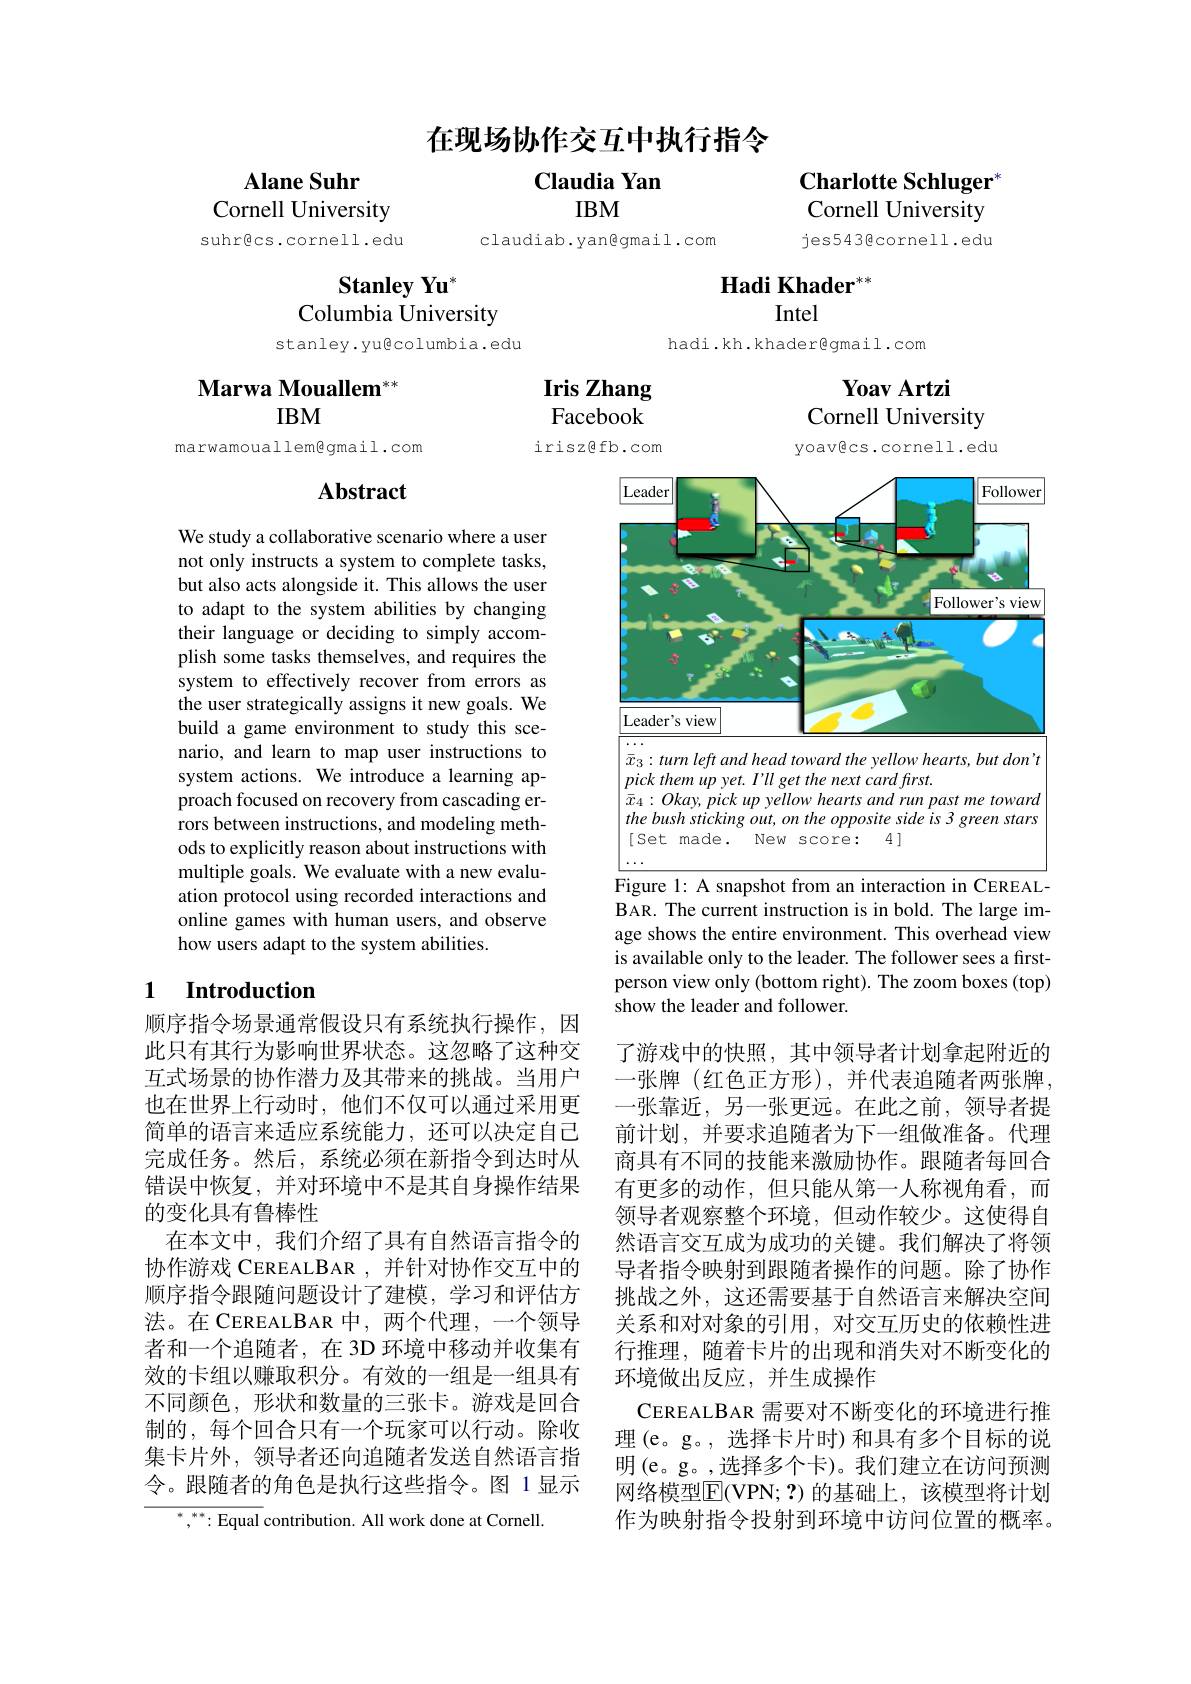
在现场协作交互中执行指令

Claudia Yan

Charlotte Schluger$^{*}$ Cornell University jes543gcornell.edu

Alane Suhr
Cornell University

IBM

suhr@cs.cornell.edu

claudiab.yan@gmail.com

$\textbf{Hadi Khader}^{**}$

$\textbf{Stanley Yu}^{*}$

Intel

Columbia University

hadi.kh.khader@gmail.com

stanley.yugcolumbia.edu

Yoav Artzi

## Marwa Mouallem$^{**}$ IBM

Iris Zhang Facebook

Cornell University

irisz@fb.com

marwamouallem@gmail.com

## $\mathbf{Abstract}$

yoav@cs.cornell.edu
<FigureHere>
Figure 1: A snapshot from an interaction in CEREAL-

We study a collaborative scenario where a user not only instructs a system to complete tasks, but also acts alongside it. This allows the user to adapt to the system abilities by changing their language or deciding to simply accomplish some tasks themselves, and requires the system to effectively recover from errors as the user strategically assigns it new goals. We build a game environment to study this scenario, and learn to map user instructions to system actions. We introduce a learning approach focused on recovery from cascading errors between instructions, and modeling methods to explicitly reason about instructions with multiple goals. We evaluate with a new evaluation protocol using recorded interactions and online games with human users, and observe how users adapt to the system abilities.

BAR. The current instruction is in bold. The large image shows the entire environment. This overhead view is available only to the leader. The follower sees a firstperson view only (bottom right). The zoom boxes (top) show the leader and follower.

## 1 Introduction

顺序指令场景通常假设只有系统执行操作，因此只有其行为影响世界状态。这忽略了这种交互式场景的协作潜力及其带来的挑战。当用户也在世界上行动时，他们不仅可以通过采用更简单的语言来适应系统能力，还可以决定自己完成任务。然后，系统必须在新指令到达时从错误中恢复，并对环境中不是其自身操作结果的变化具有鲁棒性
在本文中，我们介绍了具有自然语言指令的协作游戏 CEREALBAR ,并针对协作交互中的顺序指令跟随问题设计了建模，学习和评估方法。在 CEREALBAR 中，两个代理，一个领导者和一个追随者，在 3D 环境中移动并收集有效的卡组以赚取积分。有效的一组是一组具有不同颜色，形状和数量的三张卡。游戏是回合制的，每个回合只有一个玩家可以行动。除收集卡片外，领导者还向追随者发送自然语言指令。跟随者的角色是执行这些指令。图 1显示
$^{*},^{***}:$Equal contribution. All work done at Cornell

了游戏中的快照，其中领导者计划拿起附近的一张牌(红色正方形),并代表追随者两张牌， 一张靠近，另一张更远。在此之前，领导者提前计划，并要求追随者为下一组做准备。代理商具有不同的技能来激励协作。跟随者每回合有更多的动作，但只能从第一人称视角看，而领导者观察整个环境，但动作较少。这使得自然语言交互成为成功的关键。我们解决了将领导者指令映射到跟随者操作的问题。除了协作挑战之外，这还需要基于自然语言来解决空间关系和对对象的引用，对交互历史的依赖性进行推理，随着卡片的出现和消失对不断变化的环境做出反应，并生成操作
CEREALBAR需要对不断变化的环境进行推理(e。g。,选择卡片时)和具有多个目标的说明(e。g。,选择多个卡)。我们建立在访问预测网络模型$\overline{\mathrm{F}}($VPN;?)的基础上，该模型将计划作为映射指令投射到环境中访问位置的概率。